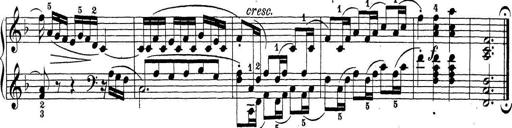
Title: Sonatina Album
Composer: Louis KÃ¶hler